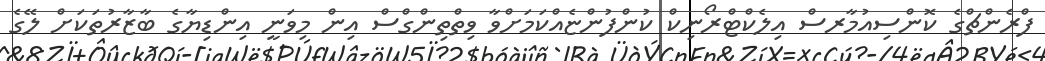
ފްރެންޗްގެ ކޮންސިއުމާރސް އިލެކްޓްރޯނިކް ކުންފުންޏެއްކަމަށްވާ ވިތްތިންގްސް އިން މިވަނީ އިންޑިޔާގެ ބާޒާރުތަަކަށް ލޭގެ